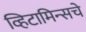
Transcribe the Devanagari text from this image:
व्हिटामिन्‍सचे